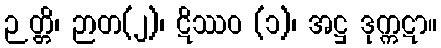
ဉတ္တိ၊ ဉာတ(၂)၊ ဋိဿဝ (၁)၊ အဋ္ဌ ဒုက္ကဋာ။